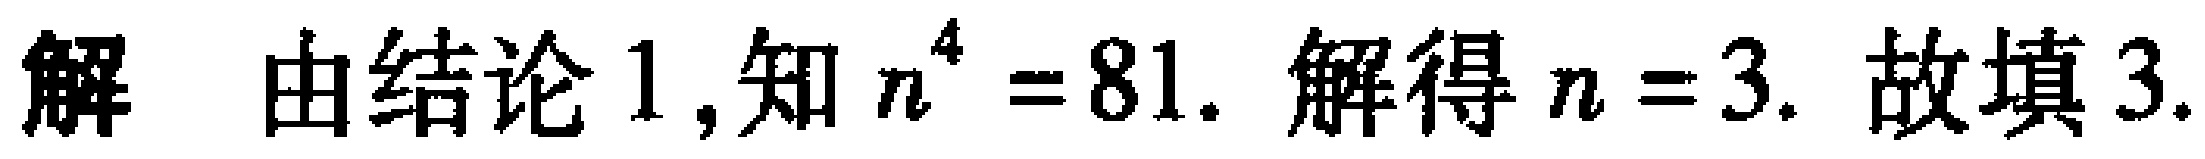
解 由结论 1,知 \(n^{4}=81\). 解得 \(n = 3\). 故填 3.